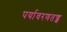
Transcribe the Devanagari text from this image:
पर्यावरणतज्ज्ञ